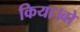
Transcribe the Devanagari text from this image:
किया।वो